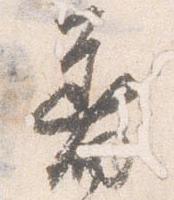
着